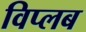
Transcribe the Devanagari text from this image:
विप्लब